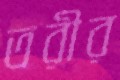
তরীর